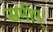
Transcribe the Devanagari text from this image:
समीप्